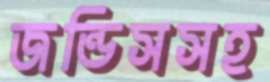
জন্ডিসসহ